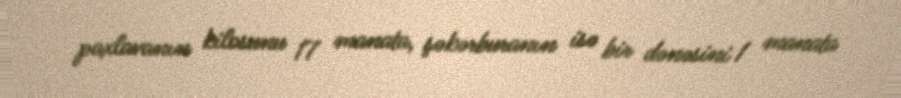
paxlavanın kilosunu 17 manata, şəkərburanın isə bir dənəsini 1 manata